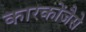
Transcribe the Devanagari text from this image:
कारकोंजैसे